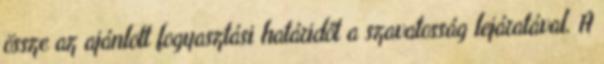
össze az ajánlott fogyasztási határidőt a szavatosság lejáratával. A